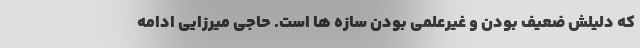
که دلیلش ضعیف بودن و غیرعلمی بودن سازه ها است. حاجی میرزایی ادامه